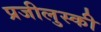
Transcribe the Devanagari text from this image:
प्रजीलुस्की